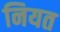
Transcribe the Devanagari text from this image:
नियत